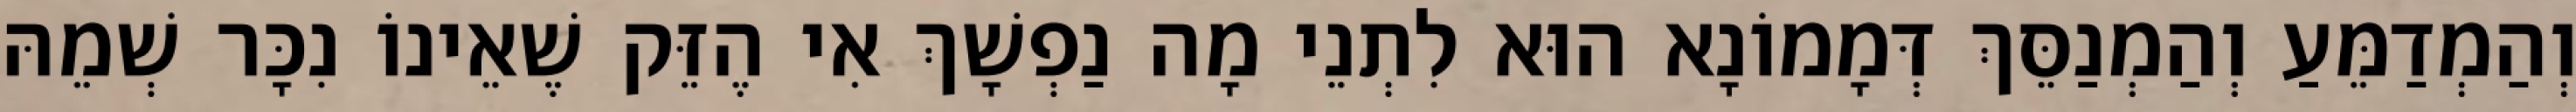
וְהַמְדַמֵּעַ וְהַמְנַסֵּךְ דְּמָמוֹנָא הוּא לִתְנֵי מָה נַפְשָׁךְ אִי הֶזֵּק שֶׁאֵינוֹ נִכָּר שְׁמֵהּ